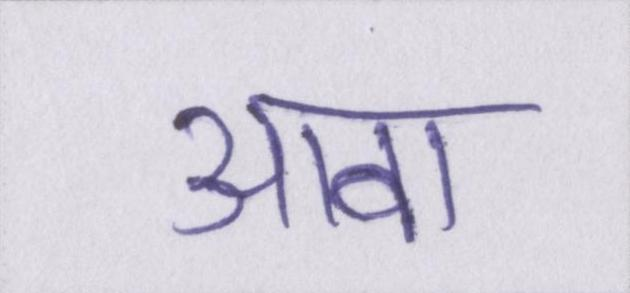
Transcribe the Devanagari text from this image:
आबा